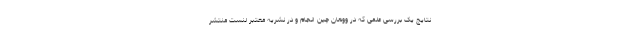
نتایج یک بررسی علمی که در ووهان چین انجام و در نشریه معتبر لنست منتشر